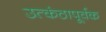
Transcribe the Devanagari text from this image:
उत्कंठापूर्वक